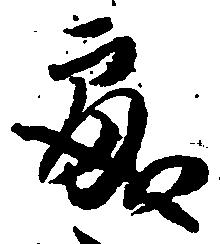
処